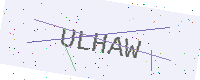
Text: ULHAW